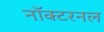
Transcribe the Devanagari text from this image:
नॉक्टरनल